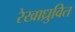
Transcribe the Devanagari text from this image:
रेखाध्रुवित